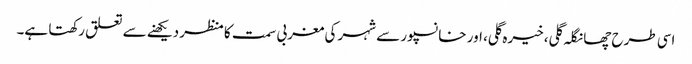
اسی طرح چھانگلہ گلی، خیرہ گلی، اور خانسپور سے شہر کی مغربی سمت کا منظر دیکھنے سے تعلق رکھتا ہے۔